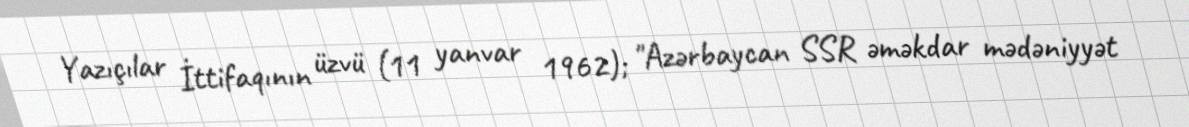
Yazıçılar İttifaqının üzvü (11 yanvar 1962); "Azərbaycan SSR əməkdar mədəniyyət